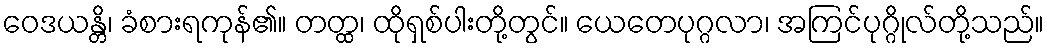
ဝေဒယန္တိ၊ ခံစားရကုန်၏။ တတ္ထ၊ ထိုရှစ်ပါးတို့တွင်။ ယေတေပုဂ္ဂလာ၊ အကြင်ပုဂ္ဂိုလ်တို့သည်။